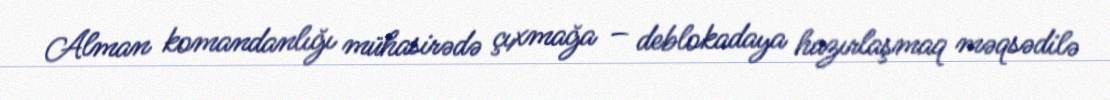
Alman komandanlığı mühasirədə çıxmağa – deblokadaya hazırlaşmaq məqsədilə